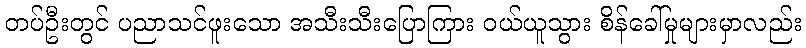
တပ်ဦးတွင် ပညာသင်ဖူးသော အသီးသီးပြောကြား ဝယ်ယူသွား စိန်ခေါ်မှုများမှာလည်း